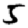
Digit: 5